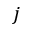
j